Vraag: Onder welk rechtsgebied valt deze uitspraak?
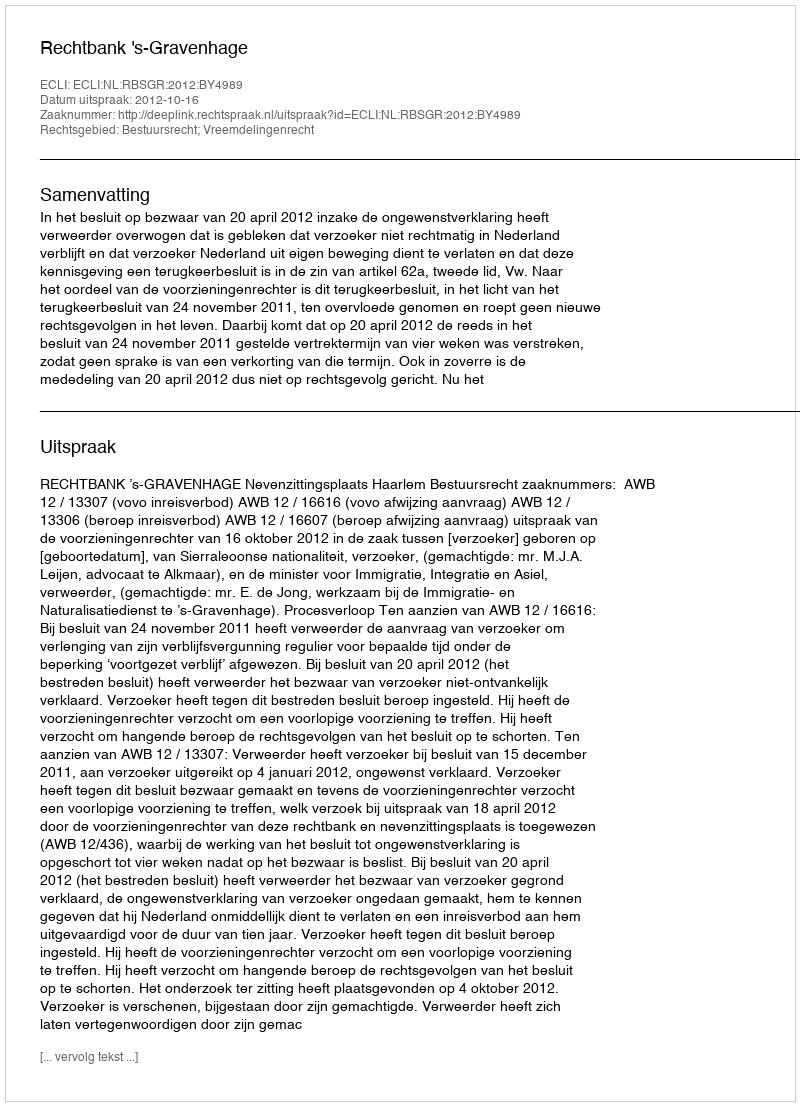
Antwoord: Bestuursrecht; Vreemdelingenrecht